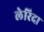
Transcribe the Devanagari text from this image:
लेरिदा